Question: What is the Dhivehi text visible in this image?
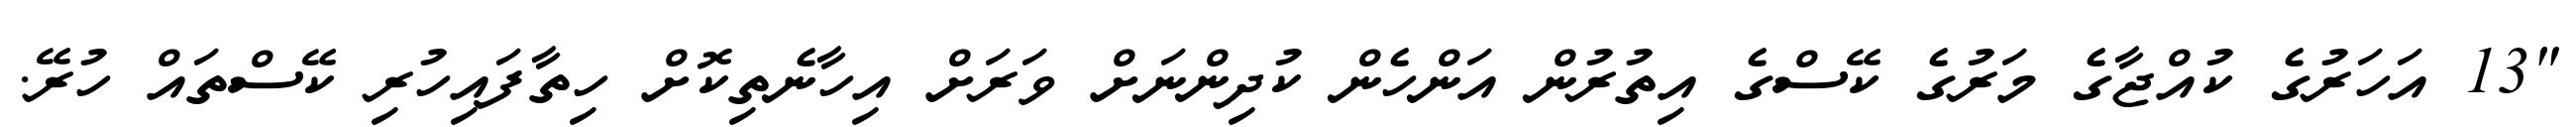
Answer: "13 އަހަރުގެ ކުއްޖާގެ މަރުގެ ކޭސްގެ އިތުރުން އަންހެން ކުދިންނަށް ވަރަށް އިހާނެތިކޮށް ހިތާފައިހުރި ކޭސްތައް ހުރޭ.